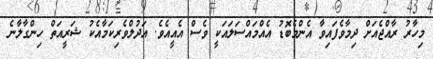
މިހާރު ރާއްޖެއަށް ދިމާވެފައިވާ އެންމެބޮޑު އެއްމައްސަލައަކީ ވެސް އެއީއެވެ. އަދުލްވެރިކަމާއެކު ޝަރީއަތް ހިންގާލާނެ